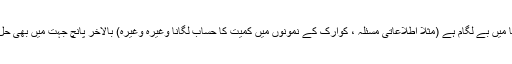
امید یہ ہے کہ وہ مسئلہ جو بے چار جہتی دنیا میں بے لگام ہے (مثلاً اطلاعاتی مسئلہ ، کوارک کے نمونوں میں کمیت کا حساب لگانا وغیرہ وغیرہ) بالآخر پانچ جہت میں بھی حل ہو جائے گا جہاں پر ریاضی کافی آسان ہے۔